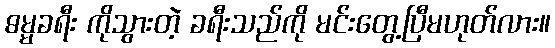
ဓမ္မခရီး ကိုသွားတဲ့ ခရီးသည်ကို မင်းတွေ့ပြီမဟုတ်လား။